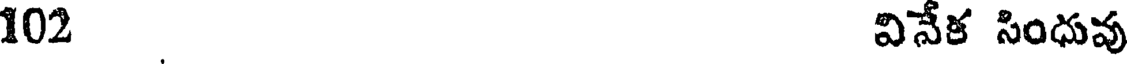
102 వినేక సింధువు